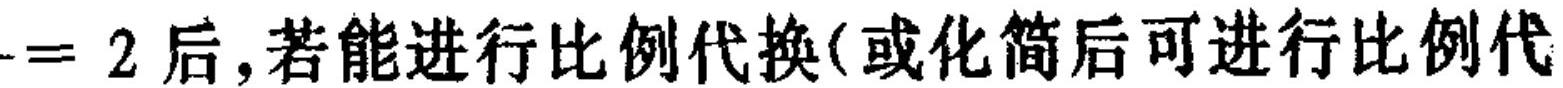
$= 2$后，若能进行比例代换(或化简后可进行比例代